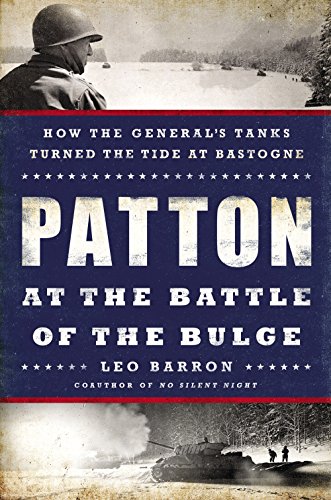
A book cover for Patton at the Battle of the Bulge: How the General's Tanks Turned the Tide at Bastogne; Leo Barron; History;